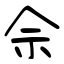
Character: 佘